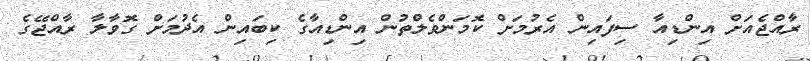
ރާއްޖެއަށް އިންޑިއާ ސިފައިން އެރުމަށް ކޮމަންވެލްތުން އިންޑިއާގެ ކިބައިން އެދުމަށް ގޮވާލާ ރާއްޖޭގެ